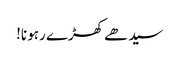
سیدھے کھڑے رہو نا!